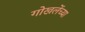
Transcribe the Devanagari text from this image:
गोखलेंच्या